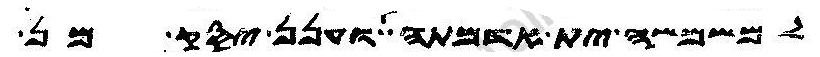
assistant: למשמשה ית אדמתה וענן יסק מן